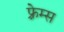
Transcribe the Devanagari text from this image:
फ़्रेम्स